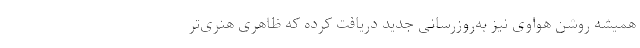
همیشه روشن هواوی نیز به‌روزرسانی جدید دریافت کرده که ظاهری هنری‌تر